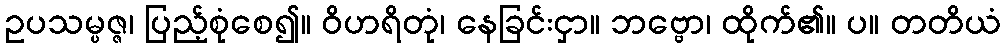
ဥပသမ္ပဇ္ဇ၊ ပြည့်စုံစေ၍။ ဝိဟရိတုံ၊ နေခြင်းငှာ။ ဘဗ္ဗော၊ ထိုက်၏။ ပ။ တတိယံ